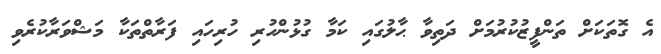
އެ ގޮތަކަށް ތަންފީޒުކުރުމަށް ދަތިވާ ޙާލުގައި ކަމާ ގުޅުންހުރި ހުރިހައި ފަރާތްތަކާ މަޝްވަރާކުރެވި